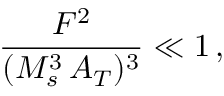
\frac { F ^ { 2 } } { ( M _ { s } ^ { 3 } \, A _ { T } ) ^ { 3 } } \ll 1 \, ,